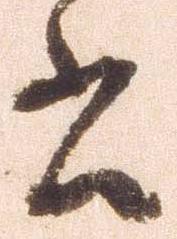
書